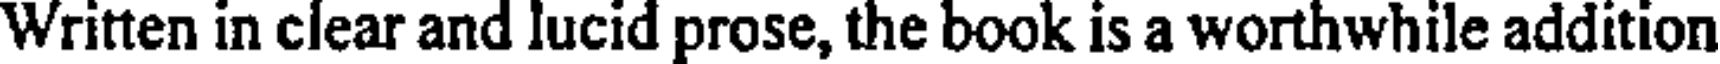
Written in clear and lucid prose, the book is a worthwhile addition